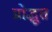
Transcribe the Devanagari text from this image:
प्रोद्भूत